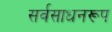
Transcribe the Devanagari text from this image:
सर्वसाधनरूप